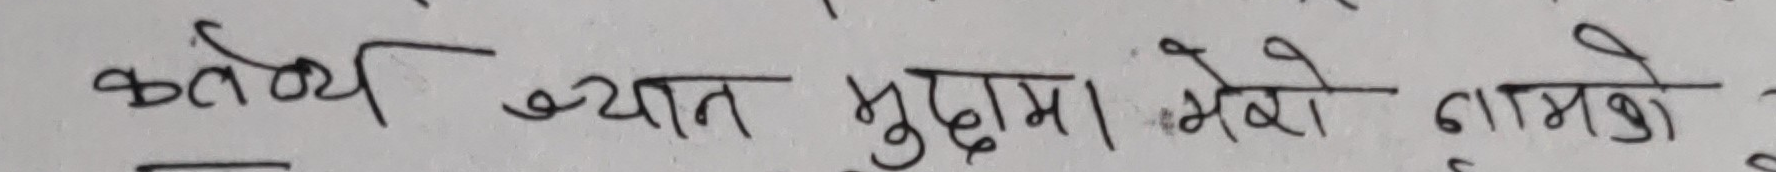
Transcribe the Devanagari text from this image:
कर्तव्य ब्यात मुद्रामा मेरो नामको